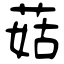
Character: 菇